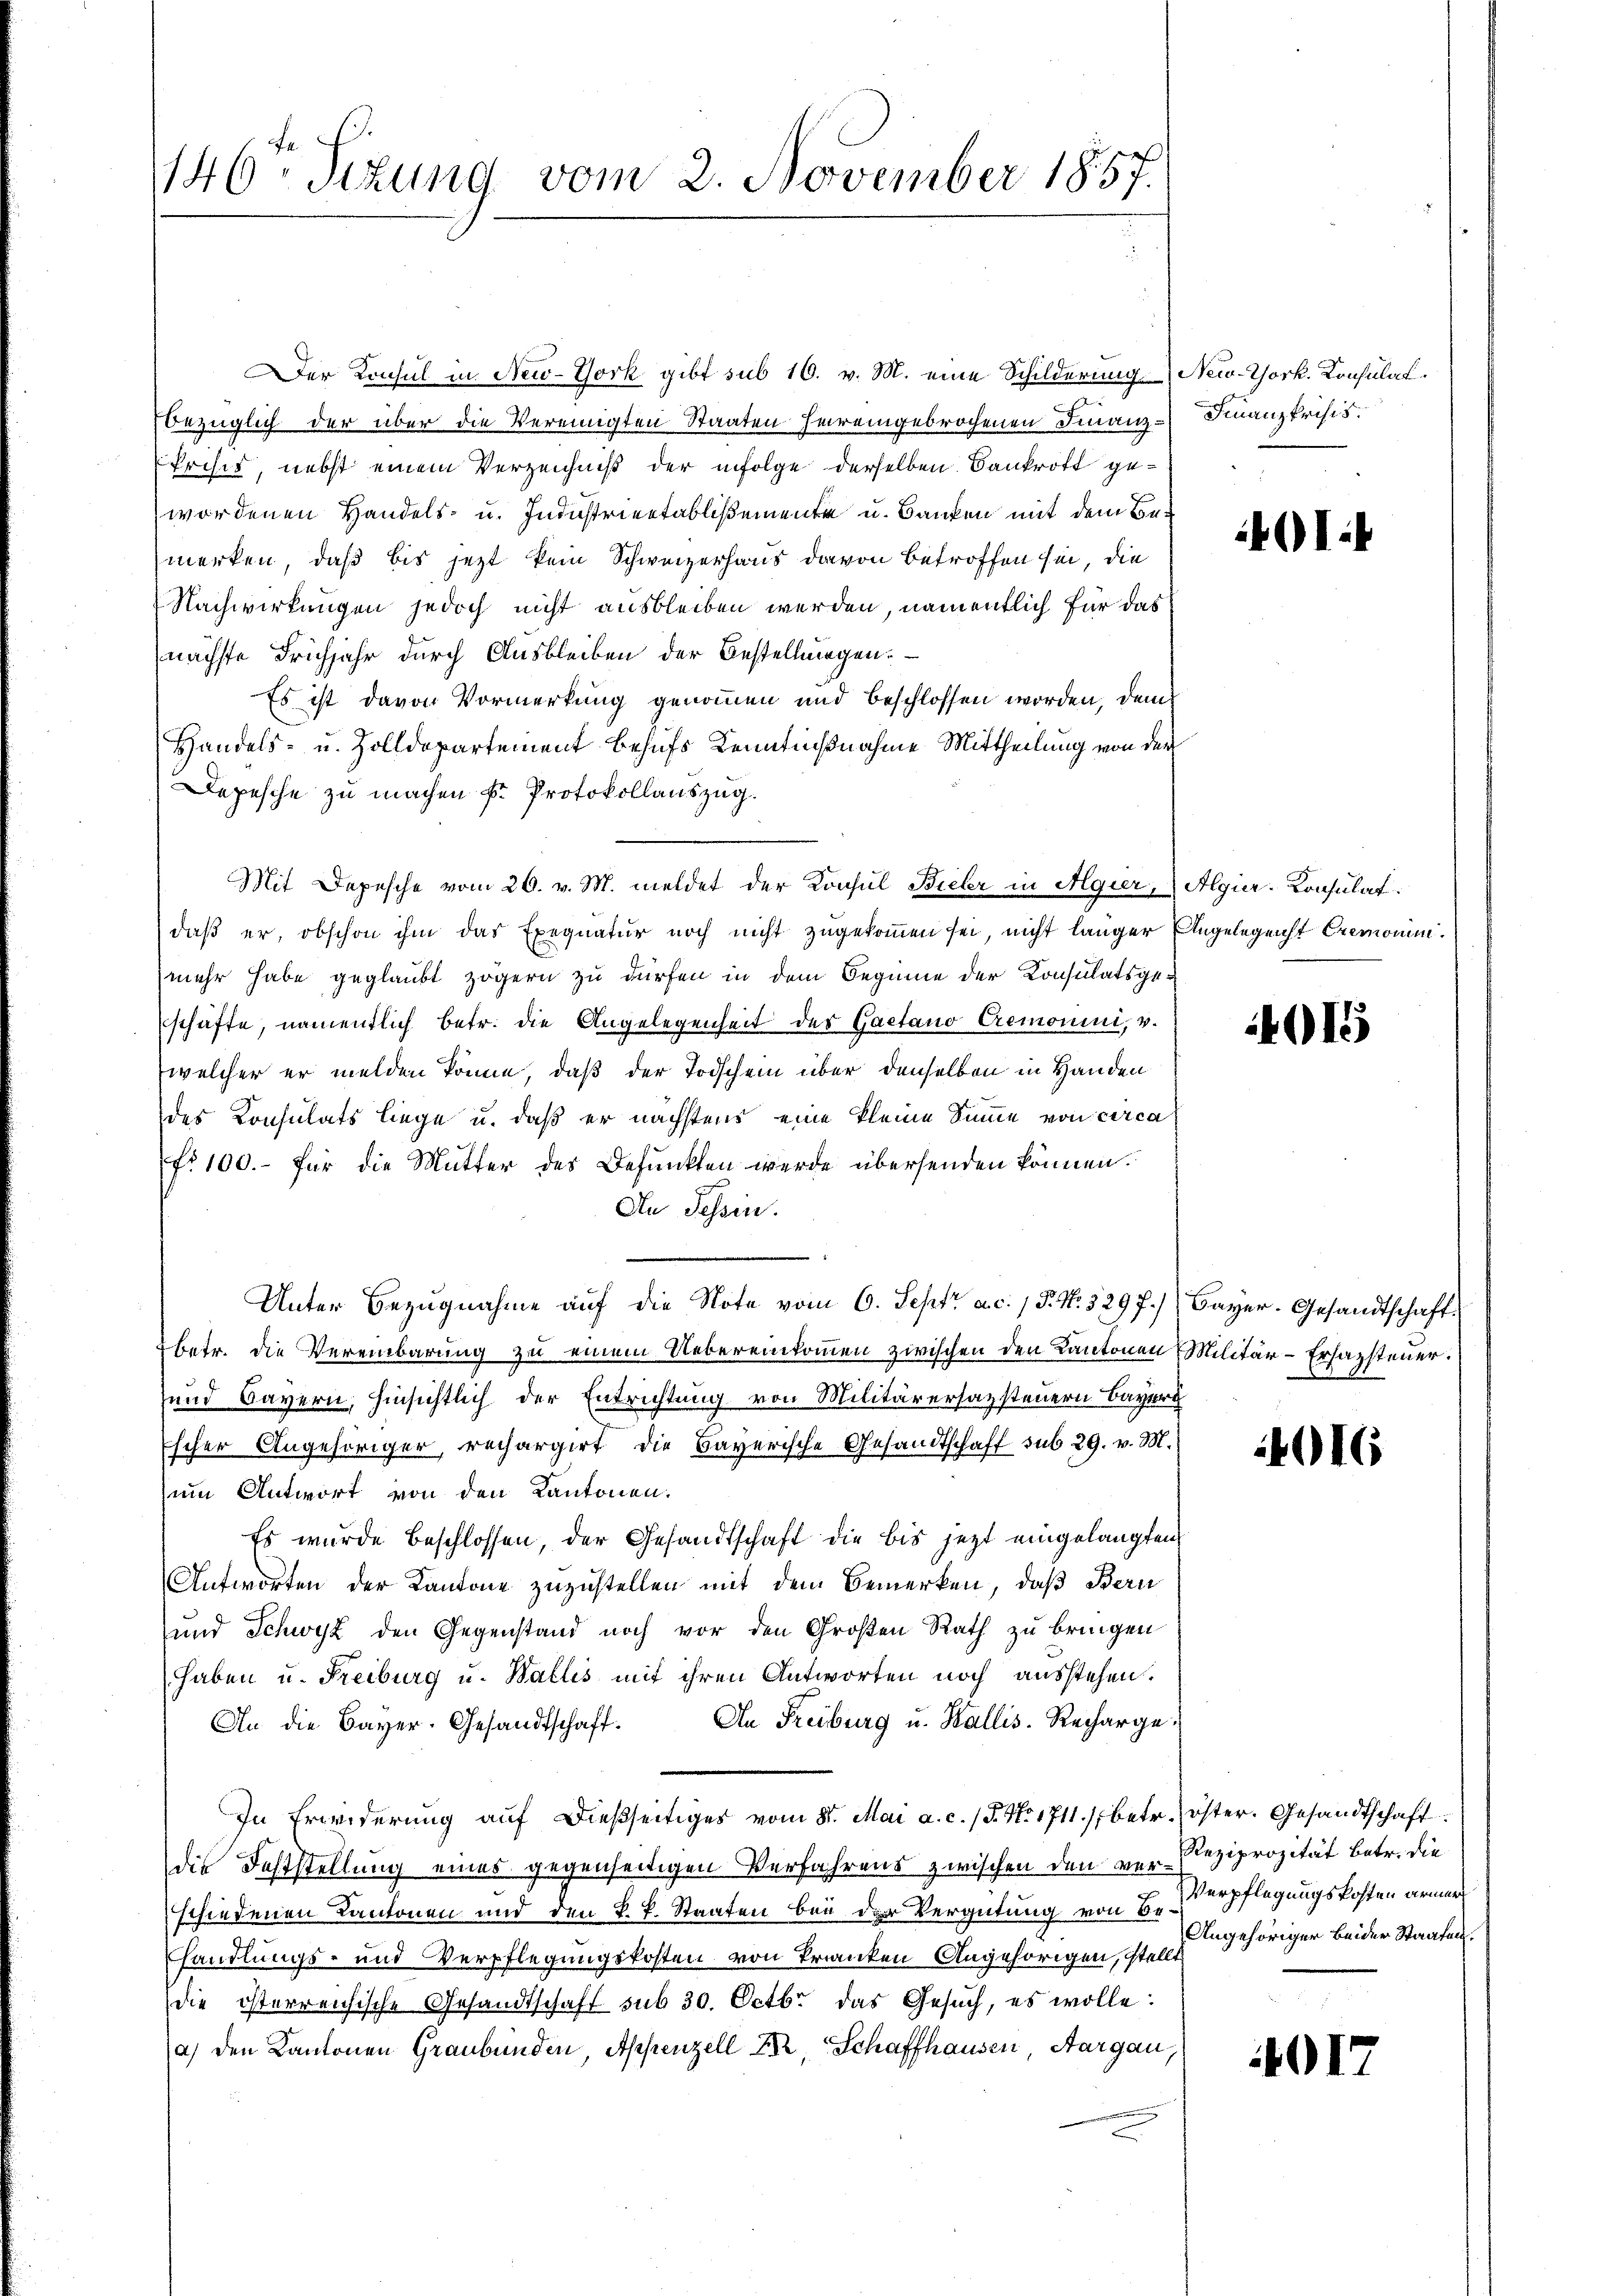
146. Sizung vom 2. November 1857.

er Konsul in New-York gibt sub 16. v. M. eine Schilderung New-York. Konsulat
bezüglich der über die Vereinigten Staaten hereingebrochenen Finanz¬
Erises, nebst einem Verzeichniß der infolge derselben Bankrott gewordenen Handels- u. Industriertablißemente u. Banken mit dem Bemerken, daß bis jetzt kein Schweizerhaus davon betroffen sei, die
Nachwirkungen jedoch nicht ausbleiben werden, namentlich für das
nächste Frühjahr durch Ausbleiben der Bestellungen.
Es ist davon Vormerkung genommen und beschlossen worden, dem
Handels- u. Zolldepartement behufs Kenntnißnahme Mittheilung von der
Depesche zu machen k. Protokollauszug.
Mit Depesche vom 26. v. M. meldet der Konsul Bieler in Algier, Algier-Konsulat
daß er, obschon ihm das Exequatur noch nicht zugekommen sei, nicht länger Angelegenst Cremoninmehr habe geglaubt zögern zu dürfen in dem Beginne der Konsulatsgeschäfte, namentlich betr. die Angelegenheit des Gaetano Cremonini, v.
welcher er melden könne, daß der Todschein über denselben in Handen
des Konsulats liege u. daß er nächstens eine kleine Summe von circa
fr 100.- für die Mutter des Befunkten werde übersenden können.
An Tessin.
Unter Bezugnahme auf die Note vom 6. Sept. a. c. 15. N. 3297. Bayer. Gesandtschaft.
betr. die Vereinbarung zu einem Uebereinkommen zwischen den Kantonen Militär-Ersazsteuer.
und Bayern, hinsichtlich der Entrichtung von Militärersazsteuern Bayer
scher Angehöriger, rechargirt die Bayerische Gesandtschaft sub 29. v. M.
um Antwort von den Kantonen.
Es wurde beschlossen, der Gesandtschaft die bis jetzt eingelangten
Antworten der Kantone zuzustellen mit dem Bemerken, daß Bern
und Schwyz den Gegenstand noch vor den Großen Rath zu bringen
haben u. Freiburg u. Wallis mit ihren Antworten noch ausstehen.
An die Bayer-Gesandtschaft. An Freiburg u. Wallis. Recharge-
In Erwiderung auf dießseitiges vom 8t. Mai a. c. (T. No. 1711./, betr. öster. Gesandtschaft
die Feststellung eines gegenseitigen Verfahrens zwischen den ver- Reziprozität betr. die
schiedenen Kantonen und den k. k. Staaten bei der Vergütung von B. Verpflegungskosten armen
handlungs- und Verpflegungskosten von Trianten Angehörigen, stellt
die österreichische Gesandtschaft sub 30. Octbr. das Gesuch, es wolle:
a) den Kantonen Graubünden Appenzell Er, Schaffhausen, Aargau,

Finanzkrisis.

401:

015

4016

Angehöriger beider Staaten.

017